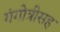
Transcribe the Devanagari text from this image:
गंगोत्रीसह